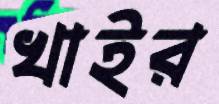
খাইর